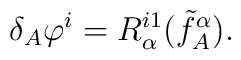
\delta_A \varphi^i= R^{i1}_{\alpha}(\tilde f_A^{\alpha}).